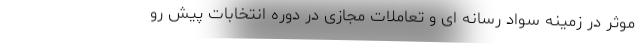
موثر در زمینه سواد رسانه ای و تعاملات مجازی در دوره انتخابات پیش رو